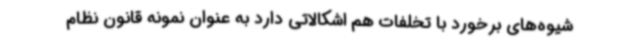
شیوه‌های برخورد با تخلفات هم اشکالاتی دارد به عنوان نمونه قانون نظام